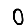
Digit: 0